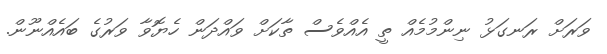
ވަރަށް ރަނގަޅު ނިންމުމެއް ތީ އެއްވެސް ތާކަށް ވައްދަން ހެޔޮވާ ވަރުގެ ބައެއްނޫން.